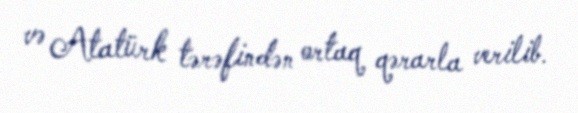
və Atatürk tərəfindən ortaq qərarla verilib.